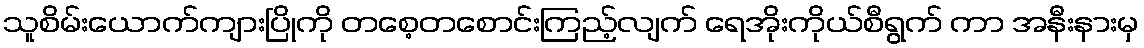
သူစိမ်းယောက်ကျားပြိုကို တစေ့တစောင်းကြည့်လျက် ရေအိုးကိုယ်စီရွက် ကာ အနီးနားမှ